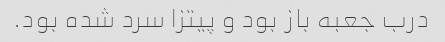
درب جعبه باز بود و پیتزا سرد شده بود.